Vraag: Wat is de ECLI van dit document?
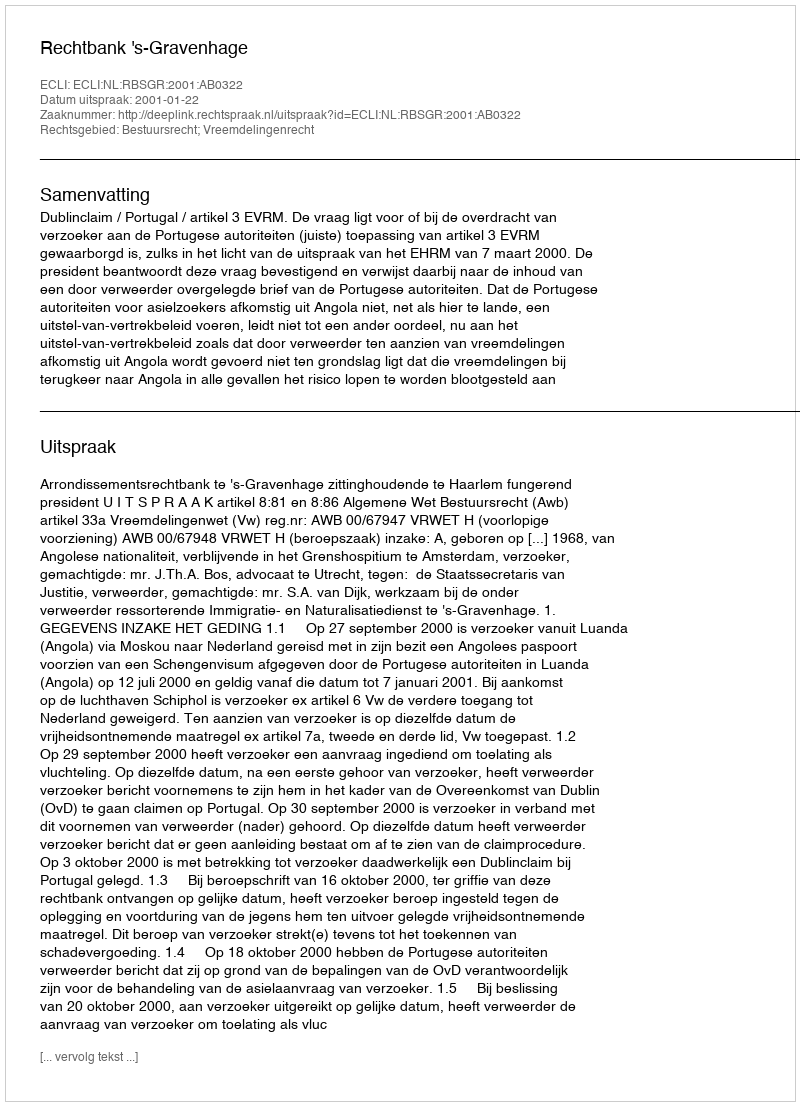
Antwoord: ECLI:NL:RBSGR:2001:AB0322